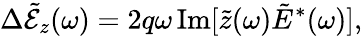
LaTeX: \Delta\tilde{\mathcal{E}}_{z}(\omega)=2q\omega\, \mathrm{Im}[\tilde{z}(\omega)\tilde{E}^{*}(\omega)],